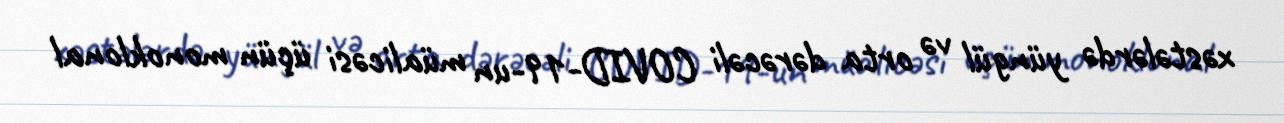
xəstələrdə yüngül və orta dərəcəli COVID-19-un müalicəsi üçün monoklonal